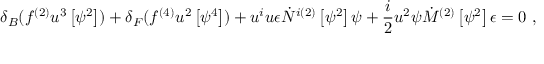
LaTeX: \delta _ { B } ( f ^ { ( 2 ) } u ^ { 3 } \left[ \psi ^ { 2 } \right] ) + \delta _ { F } ( f ^ { ( 4 ) } u ^ { 2 } \left[ \psi ^ { 4 } \right] ) + u ^ { i } u \epsilon \dot { N } ^ { i ( 2 ) } \left[ \psi ^ { 2 } \right] \psi + \frac { i } { 2 } u ^ { 2 } \psi \dot { M } ^ { ( 2 ) } \left[ \psi ^ { 2 } \right] \epsilon = 0 ~ ,